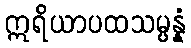
ဣရိယာပထသမ္ပန္နံ